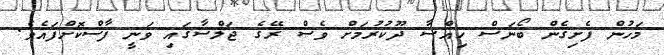
މަހުން ފެށިގެން ބޯނަސް ހިއްސާ ދޫކުރުމަށް ވެސް ރޭގެ ޖަލްސާގައި ވަނީ ފާސްކޮށްފައެވެ.